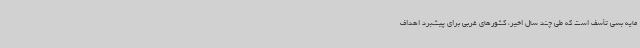
مایه بسی تأسف است که طی چند سال اخیر، کشورهای غربی برای پیشبرد اهداف